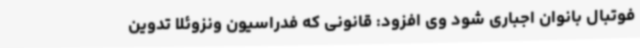
فوتبال بانوان اجباری شود وی افزود: قانونی که فدراسیون ونزوئلا تدوین